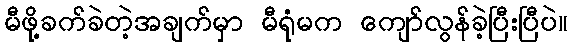
မီဖို့ခက်ခဲတဲ့အချက်မှာ မီရုံမက ကျော်လွန်ခဲ့ပြီးပြီပဲ။